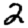
Digit: 2